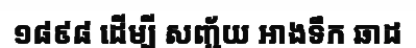
១៨៩៨ ដើម្បី សញ្ជ័យ អាងទឹក ឆាដ